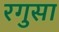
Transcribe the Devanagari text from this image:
रगुसा